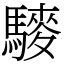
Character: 䮮